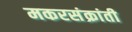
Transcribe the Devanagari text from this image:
मकरसंक्रांती